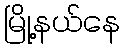
မြို့နယ်နေ